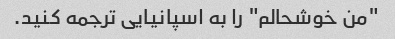
"من خوشحالم" را به اسپانیایی ترجمه کنید.